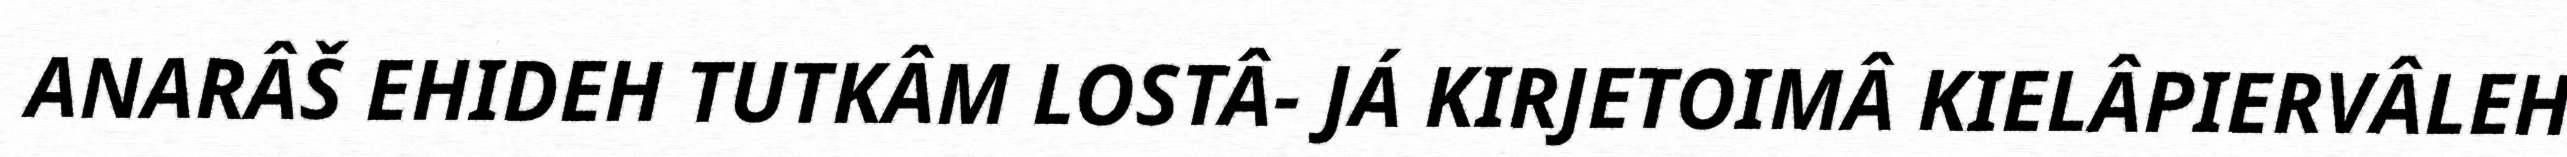
ANARÂŠ EHIDEH TUTKÂM LOSTÂ- JÁ KIRJETOIMÂ KIELÂPIERVÂLEH